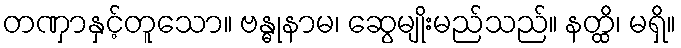
တဏှာနှင့်တူသော။ ဗန္ဓုနာမ၊ ဆွေမျိုးမည်သည်။ နတ္ထိ၊ မရှိ။